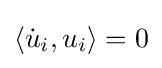
{\textstyle \langle {\dot {u}}_{i},u_{i}\rangle =0}